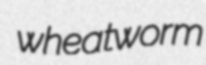
wheatworm